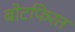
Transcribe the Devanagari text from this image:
बोटफिरत